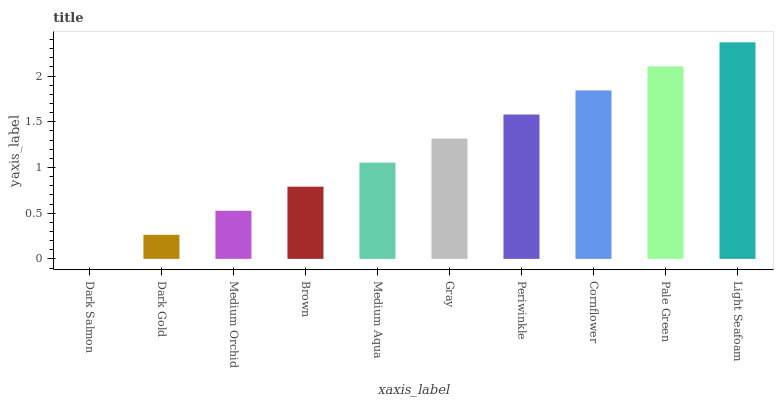
| xaxis_label | bars |
 | --- | --- |
 | Dark Salmon | 0 |
 | Dark Gold | 0.263 |
 | Medium Orchid | 0.527 |
 | Brown | 0.79 |
 | Medium Aqua | 1.05 |
 | Gray | 1.32 |
 | Periwinkle | 1.58 |
 | Cornflower | 1.84 |
 | Pale Green | 2.11 |
 | Light Seafoam | 2.37 |